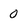
Character: 0